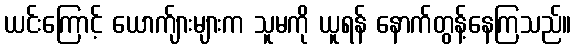
ယင်းကြောင့် ယောက်ျားများက သူမကို ယူရန် နောက်တွန့်နေကြသည်။